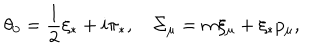
LaTeX: \theta _ { 0 } = \frac { 1 } { 2 } \xi _ { * } + i \pi _ { * } , \quad \Sigma _ { \mu } = m \xi _ { \mu } + \xi _ { * } p _ { \mu } ,